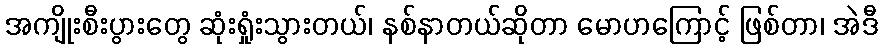
အကျိုးစီးပွားတွေ ဆုံးရှုံးသွားတယ်၊ နစ်နာတယ်ဆိုတာ မောဟကြောင့် ဖြစ်တာ၊ အဲဒီ